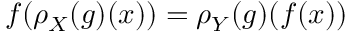
f ( \rho _ { X } ( g ) ( x ) ) = \rho _ { Y } ( g ) ( f ( x ) )